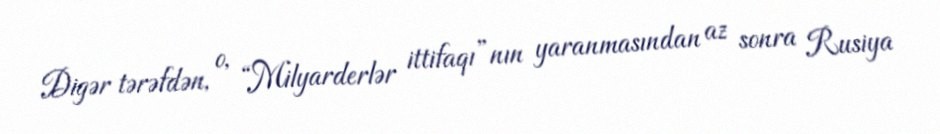
Digər tərəfdən, o, “Milyarderlər ittifaqı”nın yaranmasından az sonra Rusiya